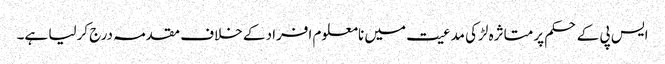
ایس پی کے حکم پر متاثرہ لڑکی مدعیت میں نامعلوم افراد کے خلاف مقدمہ درج کرلیا ہے۔